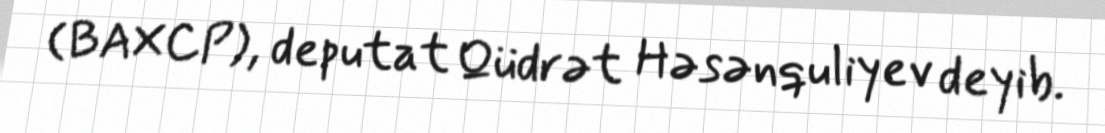
(BAXCP), deputat Qüdrət Həsənquliyev deyib.